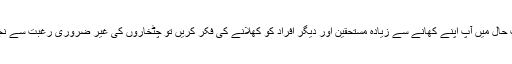
نیز اگر اس صورتِ حال میں آپ اپنے کھانے سے زیادہ مستحقین اور دیگر افراد کو کھلانے کی فکر کریں تو چٹخاروں کی غیر ضروری رغبت سے نجات مل سکتی ہے ۔